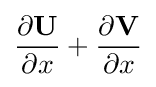
{\frac {\partial \mathbf {U} }{\partial x}}+{\frac {\partial \mathbf {V} }{\partial x}}